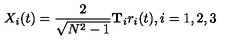
X _ { i } ( t ) = \frac { 2 } { \sqrt { N ^ { 2 } - 1 } } \mathbf { T } _ { i } r _ { i } ( t ) , i = 1 , 2 , 3